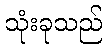
သုံးခုသည်